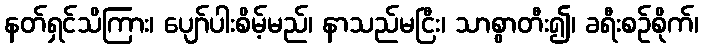
နတ်ရှင်သိကြား၊ ပျော်ပါးစိမ့်မည်၊ နာသည်မငြီး၊ သာစွာတီး၍၊ ခရီးစဉ်စိုက်၊